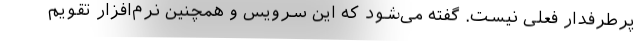
پرطرفدار فعلی نیست. گفته می‌شود که این سرویس و همچنین نرم‌افزار تقویم